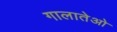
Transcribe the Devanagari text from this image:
गालातेओ